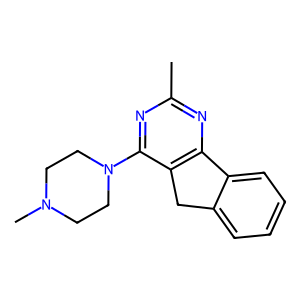
SMILES: Cc1nc2c(c(N3CCN(C)CC3)n1)Cc1ccccc1-2
Inhibits HIV replication: No